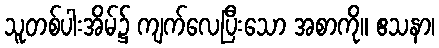
သူတစ်ပါးအိမ်၌ ကျက်လေပြီးသော အစာကို။ ဧသနာ၊